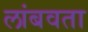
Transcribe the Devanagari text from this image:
लांबवता